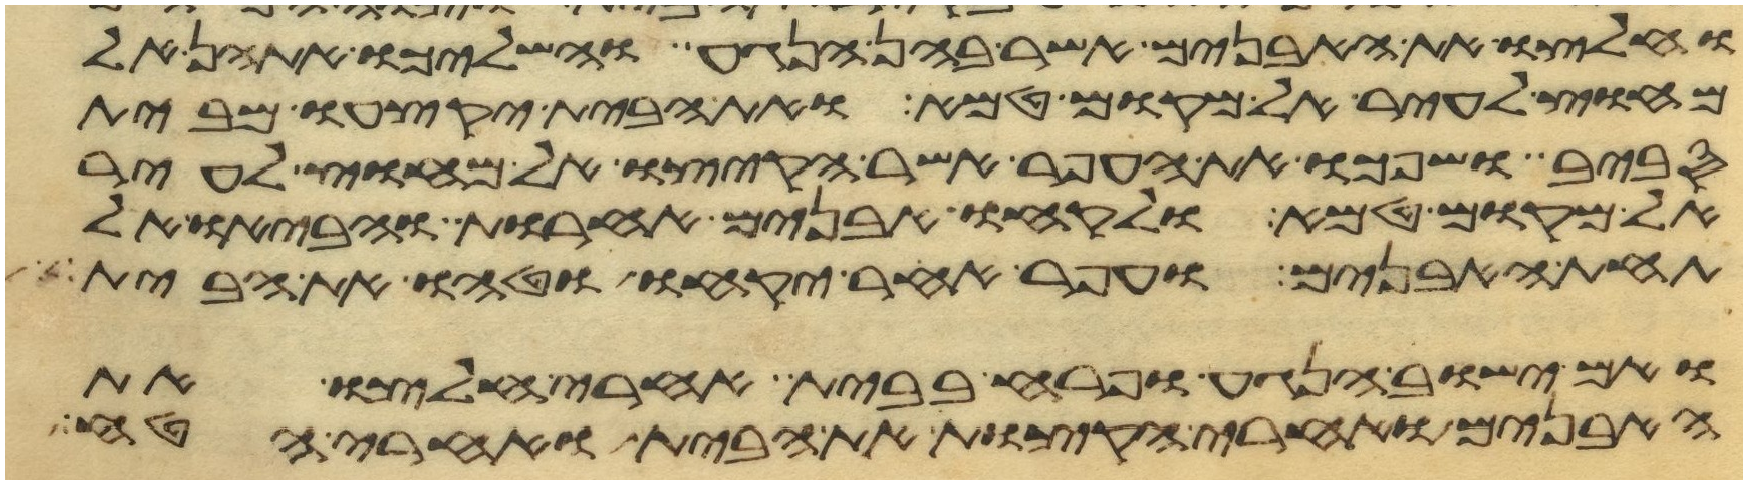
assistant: וחלצו את האבנים אשר בהן הנגע והשליכו אתהן אל
מחוץ לעיר אל מקום טמא ואת הבית יקצעו מבית
סביב ושפכו את העפר אשר הקיצו אל מחוץ לעיר
אל מקום טמא ולקחו אבנים אחרות והביאו אל
תחת האבנים ועפר אחר יקחו וטחו את הבית
ואם ישוב הנגע ופרח בבית אחרי חלצו את
האבנים ואחרי הקצות את הבית ואחרי הטח